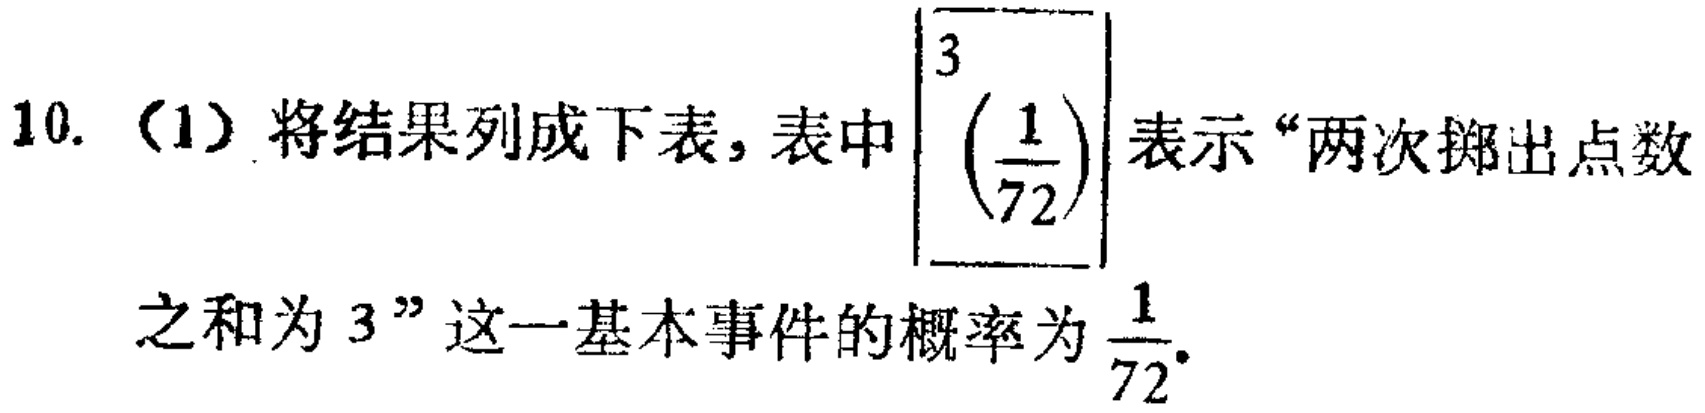
10. (1) 将结果列成下表, 表中$\begin{bmatrix}3\\\left(\frac{1}{72}\right)\end{bmatrix}$表示 “两次掷出点数之和为 3” 这一基本事件的概率为$\frac{1}{72}$.